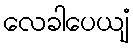
လေခါပေယျံ